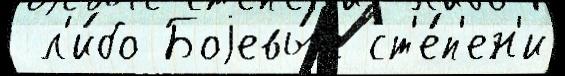
 л'и́бо Боjевы́е ст'е́п'ен'и